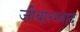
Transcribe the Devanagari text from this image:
जीवात्म्वाद